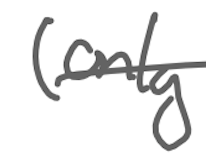
Text: (only
Cross-out: single-line
Writing tool: digital_gray